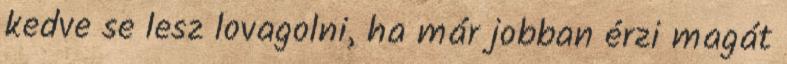
kedve se lesz lovagolni, ha már jobban érzi magát